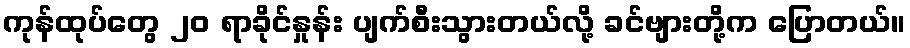
ကုန်ထုပ်တွေ ၂၀ ရာခိုင်နှုန်း ပျက်စီးသွားတယ်လို့ ခင်ဗျားတို့က ပြောတယ်။